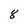
Character: 8